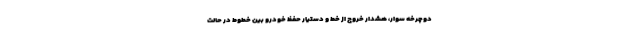
دوچرخه سوار، هشدار خروج از خط و دستیار حفظ خودرو بین خطوط در حالت